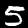
Label: 5